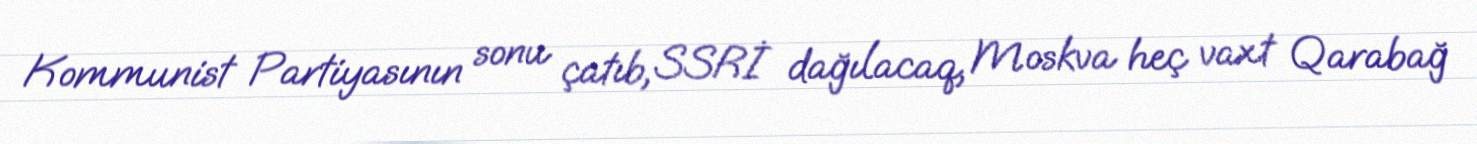
Kommunist Partiyasının sonu çatıb, SSRİ dağılacaq, Moskva heç vaxt Qarabağ